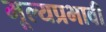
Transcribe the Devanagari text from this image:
मूल्यप्रभावी